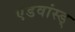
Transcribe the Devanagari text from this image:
एंडवांस्ड्